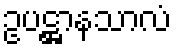
ဥပဋ္ဌာနသာလံ